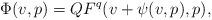
LaTeX: \begin{align*}\Phi(v,p) = QF^q(v + \psi(v,p),p),\end{align*}